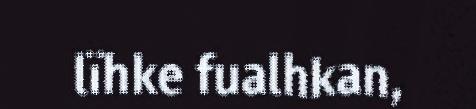
lïhke fualhkan,